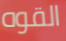
القوه